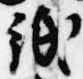
紙